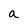
Character: a